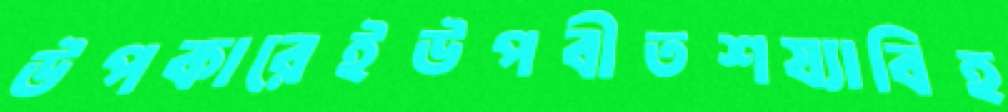
উপকারেইউপবীতশয্যাবিহ